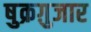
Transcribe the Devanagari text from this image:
षुक्रग़ुजार